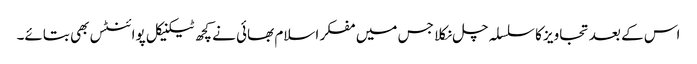
اس کے بعد تجاویز کا سلسلہ چل نکلا جس میں مفکر اسلام بھائی نے کچھ ٹیکنیکل پوائنٹس بھی بتائے۔